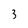
Character: 3